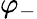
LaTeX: \varphi_{-}